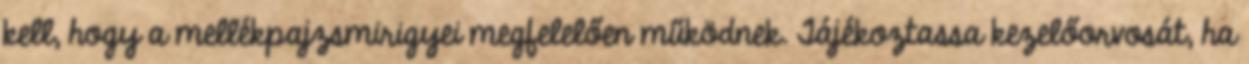
kell, hogy a mellékpajzsmirigyei megfelelően működnek. Tájékoztassa kezelőorvosát, ha